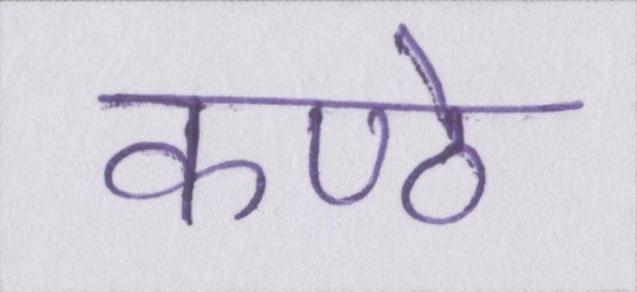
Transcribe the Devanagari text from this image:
कण्ठे